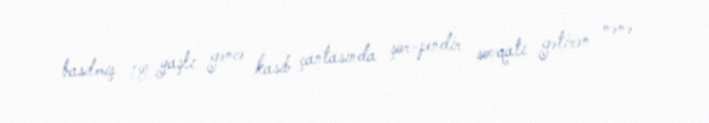
basılmış 18 yaşlı gəncə kasıb çantasında şor-pendir sovqatı gətirən nənə